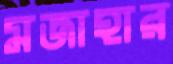
মজাহার